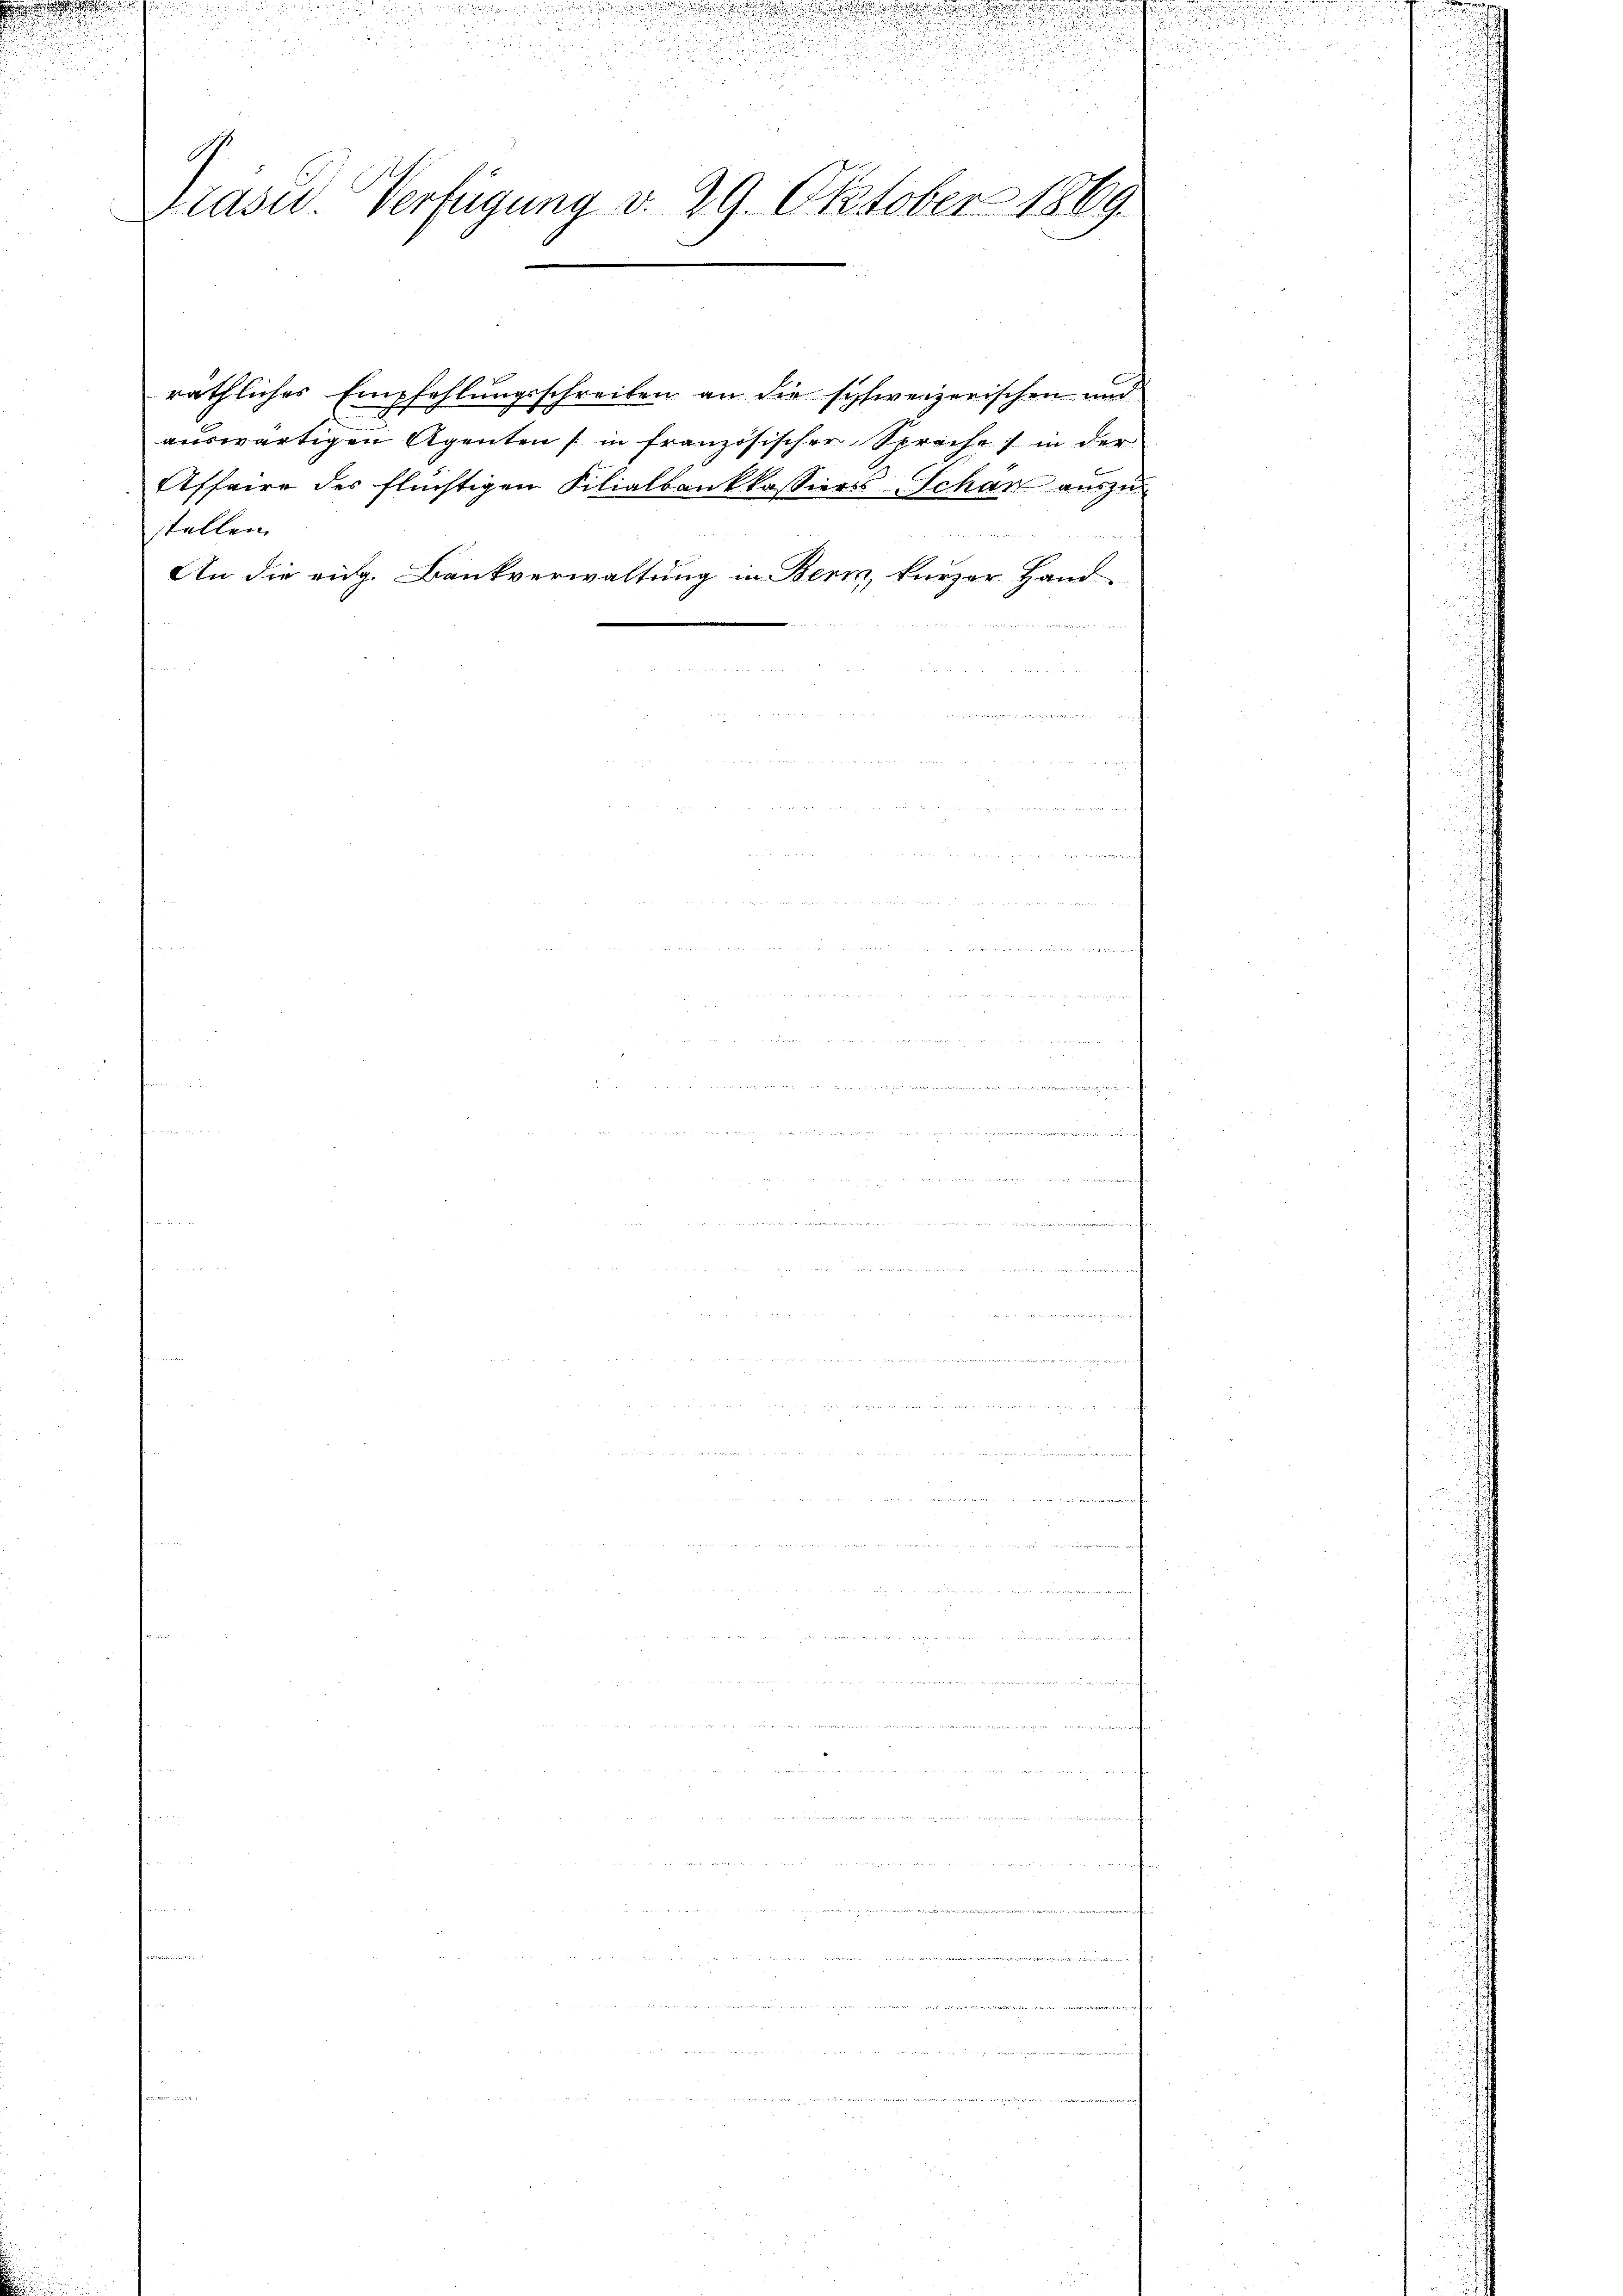
u
Präsid. Verfügung v. 29. Oktober 1869.

räthliches Empfehlungsschreiben an die schweizerischen und
auswärtigen Agenten (in französischer Sprache in der
stellen.
An die eidg. Bankverwaltung in Bern, kurzer Hand-

Affaire des flüchtigen Filialbankkassiers Schan auszu¬